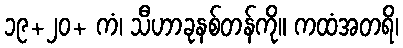
၁၉+၂၀+ ကံ၊ သီဟာခုနစ်တန်ကို။ ကထံအတရိ၊